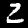
Label: 2